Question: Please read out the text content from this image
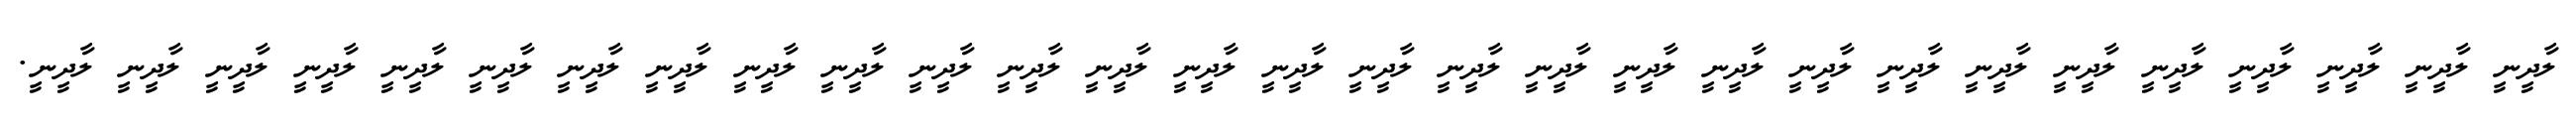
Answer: ލާދީނީ ލާދީނީ ލާދީނީ ލާދީނީ ލާދީނީ ލާދީނީ ލާދީނީ ލާދީނީ ލާދީނީ ލާދީނީ ލާދީނީ ލާދީނީ ލާދީނީ ލާދީނީ ލާދީނީ ލާދީނީ ލާދީނީ ލާދީނީ ލާދީނީ ލާދީނީ ލާދީނީ ލާދީނީ ލާދީނީ ލާދީނީ ލާދީނީ ލާދީނީ ލާދީނީ ލާދީނީ ލާދީނީ.